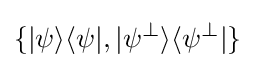
\{|\psi \rangle \langle \psi |,|\psi ^{\perp }\rangle \langle \psi ^{\perp }|\}